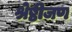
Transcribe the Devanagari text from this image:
श्रेष्ठीजण